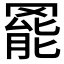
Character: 𮊓